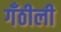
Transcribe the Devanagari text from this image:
गँठीली